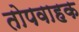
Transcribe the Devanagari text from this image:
तोपवाहक